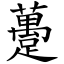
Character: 躉